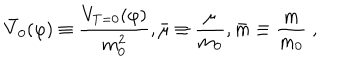
LaTeX: { \bar { V } _ { 0 } } ( \varphi ) \equiv { \frac { V _ { T = 0 } ( \varphi ) } { m _ { 0 } ^ { 2 } } } , { \bar { \mu } } \equiv { \frac { \mu } { m _ { 0 } } } , { \bar { m } } \equiv { \frac { m } { m _ { 0 } } } \; ,